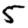
Digit: 5